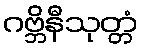
ဂဗ္ဘိနီသုတ္တံ